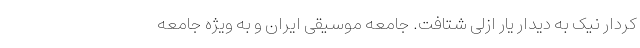
کردار نیک به دیدار یار ازلی شتافت. جامعه موسیقی ایران و به ویژه جامعه